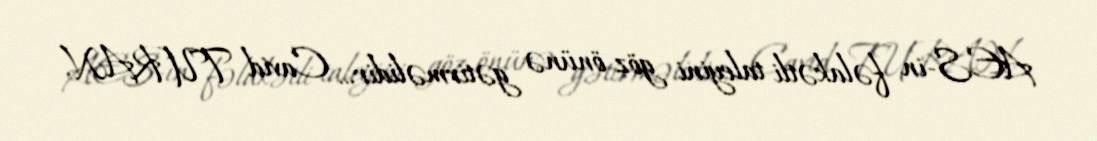
AES-in fəlakətli taleyini göz önünə gətirməlidir... Cavid TURAN.